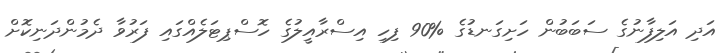
އަދި އަލިފާނުގެ ސަބަބުން ހަށިގަނޑުގެ %90 ފިހި އިސްރާއީލުގެ ހޮސްޕިޓަލެއްގައި ފަރުވާ ދެމުންދަނިކޮށް